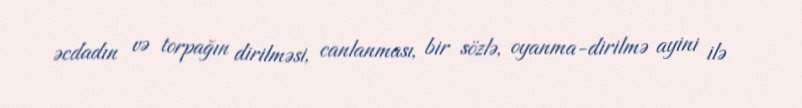
əcdadın və torpağın dirilməsi, canlanması, bir sözlə, oyanma-dirilmə ayini ilə